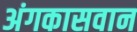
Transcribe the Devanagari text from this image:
अंगकासवान